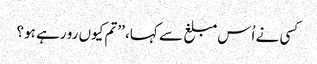
کسی نے اُس مبلغ سے کہا، ’’تم کیوں رو رہے ہو؟